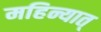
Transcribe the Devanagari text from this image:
महिन्यात्